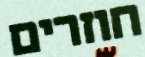
חוזרים